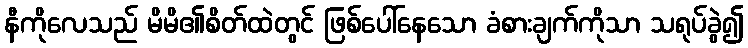
နီကိုလေသည် မိမိ၏စိတ်ထဲတွင် ဖြစ်ပေါ်နေသော ခံစားချက်ကိုသာ သရုပ်ခွဲ၍